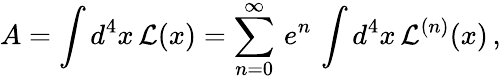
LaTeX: A=\int d^{4}x\, {\cal L}(x)=\sum_{n=0}^{\infty}\, e^{n}\, \int d^{4}x\, {\cal L}^{(n)}(x)\, ,